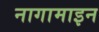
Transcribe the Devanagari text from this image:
नागामाइन